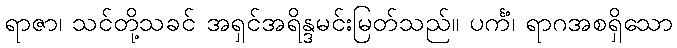
ရာဇာ၊ သင်တို့သခင် အရှင်အရိန္ဒမင်းမြတ်သည်။ ပင်္ကံ၊ ရာဂအစရှိသော